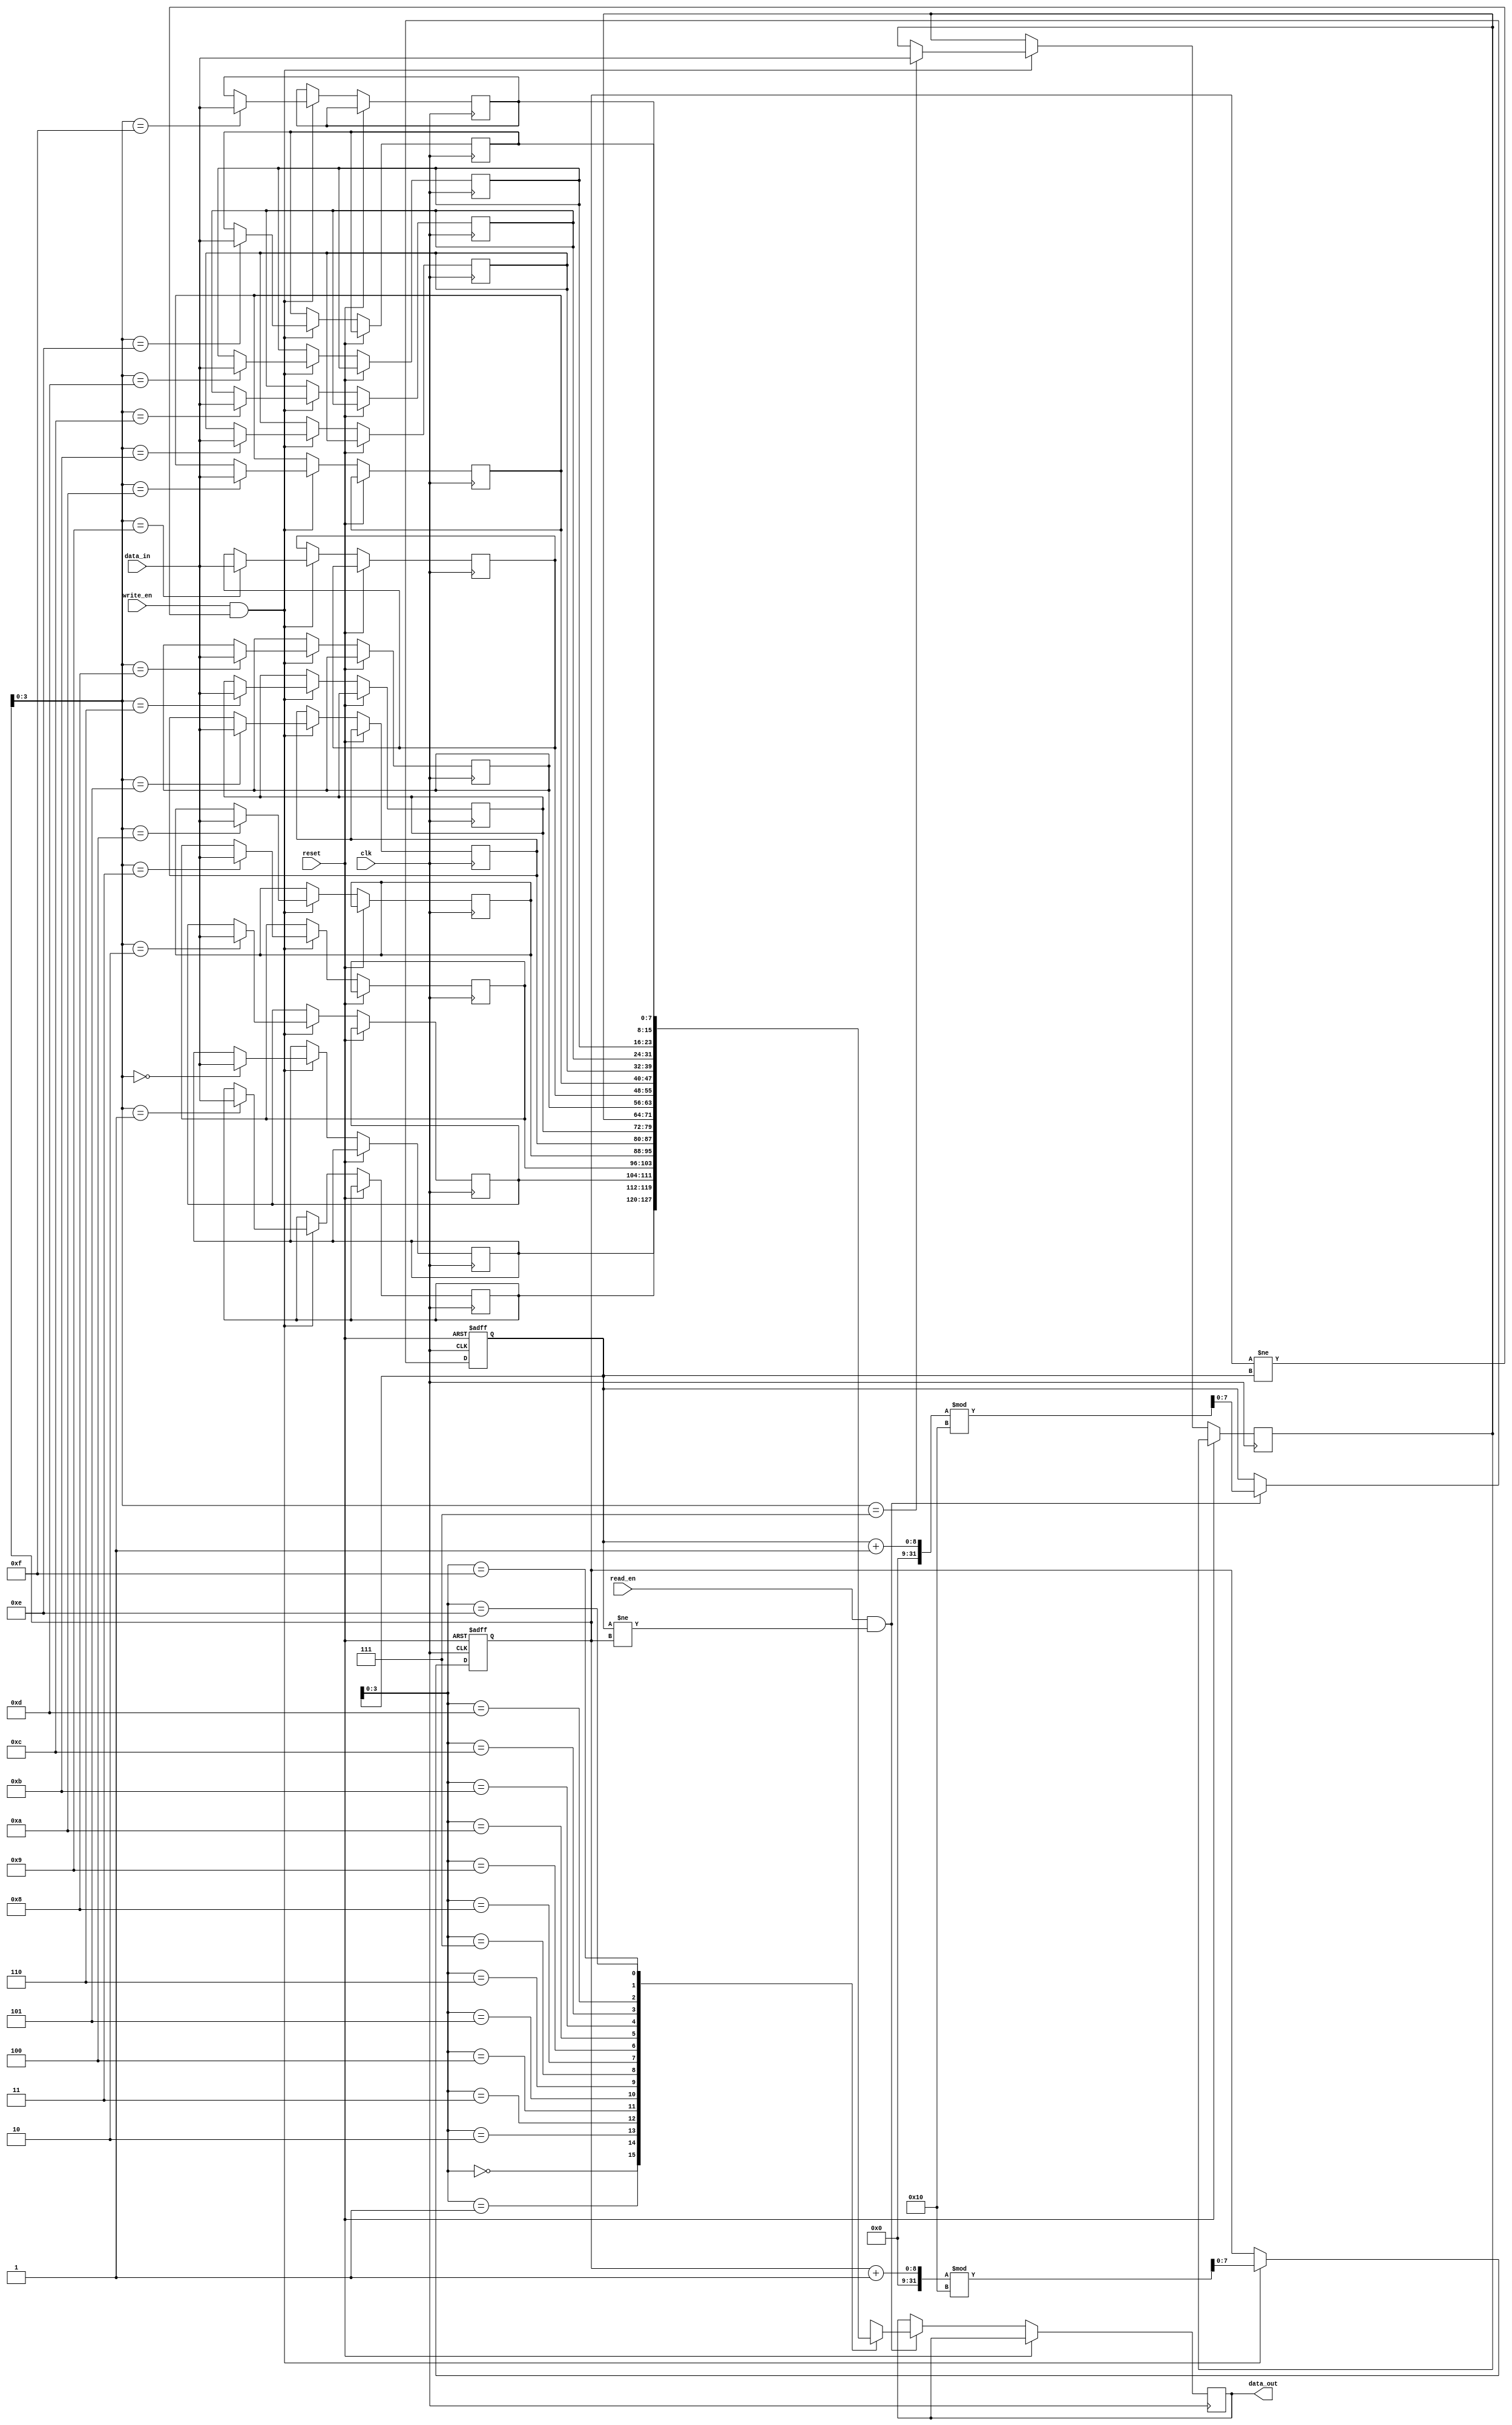
module gray_fifo (
    input wire clk,
    input wire reset,
    input wire write_en,
    input wire read_en,
    input wire [DATA_WIDTH-1:0] data_in,
    output reg [DATA_WIDTH-1:0] data_out
);

parameter DATA_WIDTH = 8; // define the width of data stored in the FIFO
parameter DEPTH = 16; // define the depth of the FIFO

reg [DATA_WIDTH-1:0] mem [0:DEPTH-1];
reg [DATA_WIDTH-1:0] head = 0;
reg [DATA_WIDTH-1:0] tail = 0;

always @(posedge clk or posedge reset) begin
    if (reset) begin
        head <= 0;
        tail <= 0;
    end else begin
        if (write_en && (tail != head)) begin
            mem[tail] <= data_in;
            tail <= (tail + 1) % DEPTH;
        end
        if (read_en && (head != tail)) begin
            data_out <= mem[head];
            head <= (head + 1) % DEPTH;
        end
    end
end

endmodule